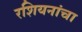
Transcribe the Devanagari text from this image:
रशियनांचा